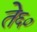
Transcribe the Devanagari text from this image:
ते६०